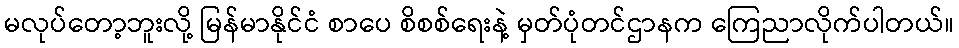
မလုပ်တော့ဘူးလို့ မြန်မာနိုင်ငံ စာပေ စိစစ်ရေးနဲ့ မှတ်ပုံတင်ဌာနက ကြေညာလိုက်ပါတယ်။